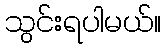
သွင်းရပါမယ်။